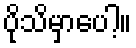
ပိုသိမှာပေါ့။